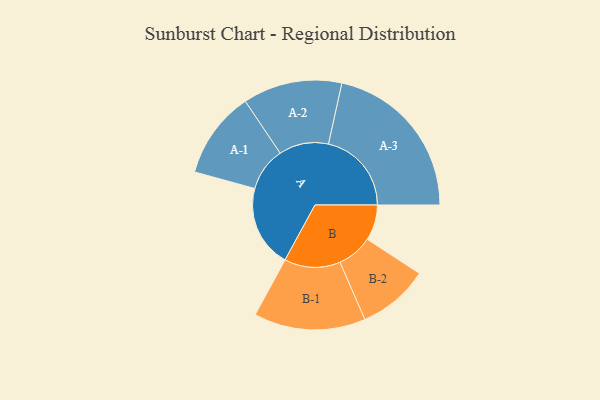
{"axis": {"x": "Segment", "y": "Value"}, "legend": ["", "A", "B"], "data": [{"x": "A", "y": 275, "type": ""}, {"x": "B", "y": 119, "type": ""}, {"x": "A-1", "y": 146, "type": "A"}, {"x": "A-2", "y": 166, "type": "A"}, {"x": "A-3", "y": 278, "type": "A"}, {"x": "B-1", "y": 187, "type": "B"}, {"x": "B-2", "y": 119, "type": "B"}]}